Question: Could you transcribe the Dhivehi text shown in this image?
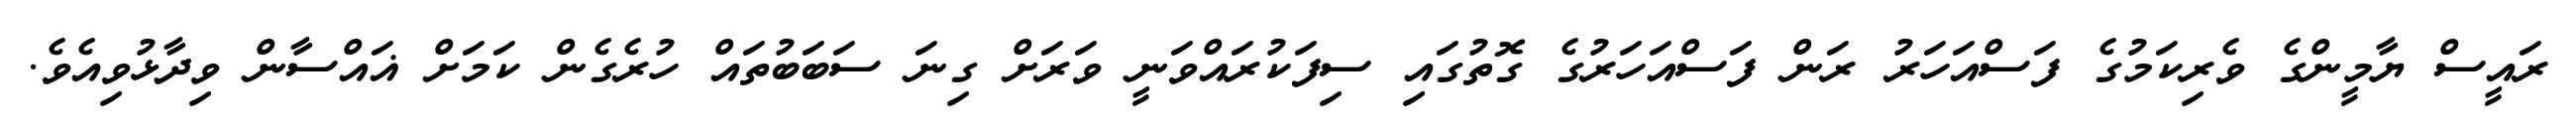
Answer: ރައީސް ޔާމީންގެ ވެރިކަމުގެ ފަސްއަހަރު ރަން ފަސްއަހަރުގެ ގޮތުގައި ސިފަކުރައްވަނީ ވަރަށް ގިނަ ސަބަބުތައް ހުރެގެން ކަމަށް ޣައްސާން ވިދާޅުވިއެވެ.